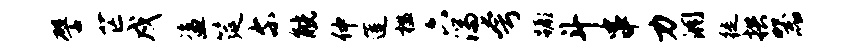
譬芒戍盗筵尔觥仲莲槛六湍夸蹶斗串力洞徙拱器